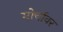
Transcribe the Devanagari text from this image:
मोर्चावर